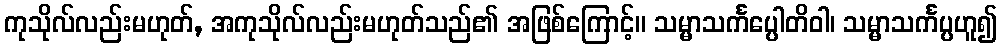
ကုသိုလ်လည်းမဟုတ်, အကုသိုလ်လည်းမဟုတ်သည်၏ အဖြစ်ကြောင့်။ သမ္မာသင်္ကပ္ပေါတိဝါ၊ သမ္မာသင်္ကပ္ပဟူ၍